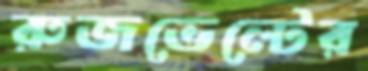
রুজভেল্টের